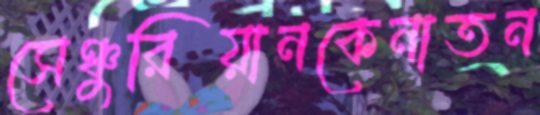
সেঞ্চুরিয়ানকেনাতন